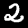
Digit: 2